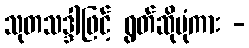
သုတသဒ္ဒါဖြင့် ရွတ်ဆိုပုံကား -